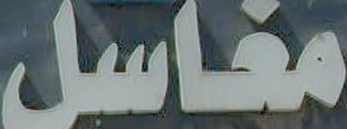
مغاسل